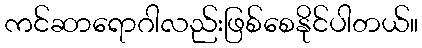
ကင်ဆာရောဂါလည်းဖြစ်စေနိုင်ပါတယ်။